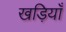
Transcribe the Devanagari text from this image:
खड़ियाँ